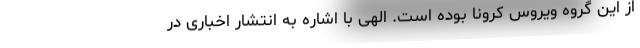
از این گروه ویروس کرونا بوده است. الهی با اشاره به انتشار اخباری در